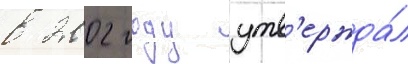
в 2002 году утв'ержда́л